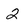
Character: 2